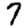
Digit: 7